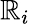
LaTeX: \mathbb{R}_{i}